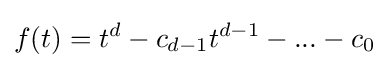
f(t)=t^{d}-c_{d-1}t^{d-1}-...-c_{0}